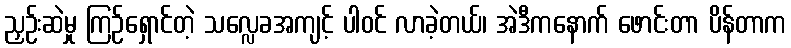
ညှဉ်းဆဲမှု ကြဉ်ရှောင်တဲ့ သလ္လေခအကျင့် ပါဝင် လာခဲ့တယ်၊ အဲဒီကနောက် ဖောင်းတာ ပိန်တာက